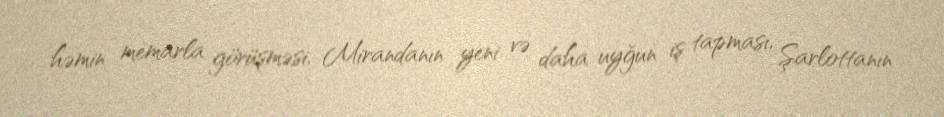
həmin memarla görüşməsi, Mirandanın yeni və daha uyğun iş tapması, Şarlottanın